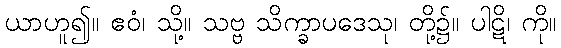
ယာဟူ၍။ ဧဝံ၊ သို့။ သဗ္ဗ သိက္ခာပဒေသု၊ တို့၌။ ပါဋိ၊ ကို။